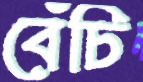
বেঁচি